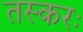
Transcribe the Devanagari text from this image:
तस्करः